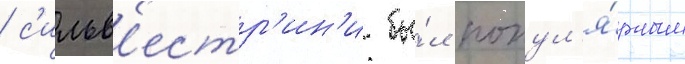
/ с'ильв'естр'ин'и бы́л попул'я́рным